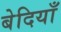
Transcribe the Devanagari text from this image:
बेदियाँ